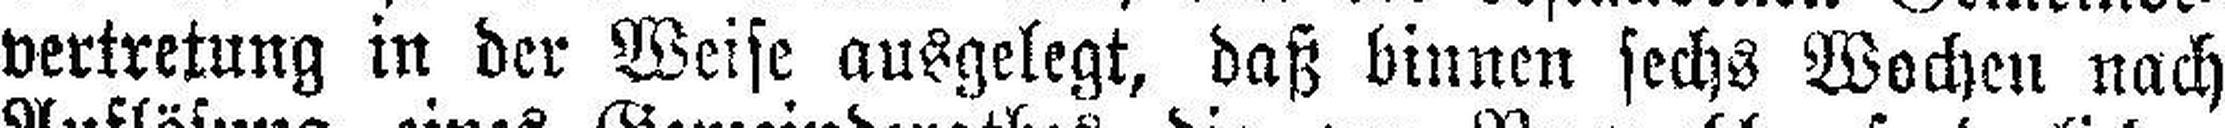
vertretung in der Weise ausgelegt, daß binnen sechs Wochen nach